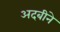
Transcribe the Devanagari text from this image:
अदबीने